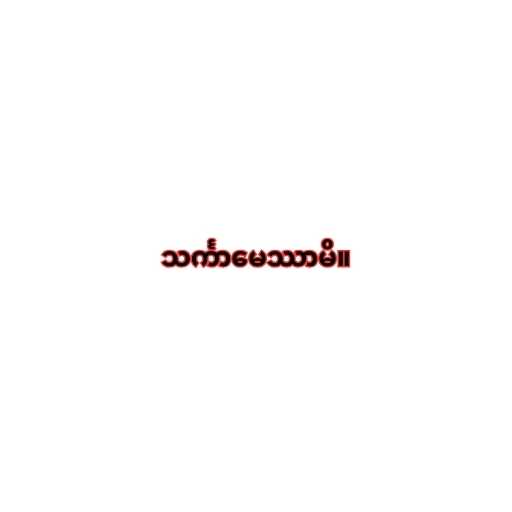
သင်္ကာမေဿာမိ။